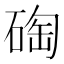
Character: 𥓮